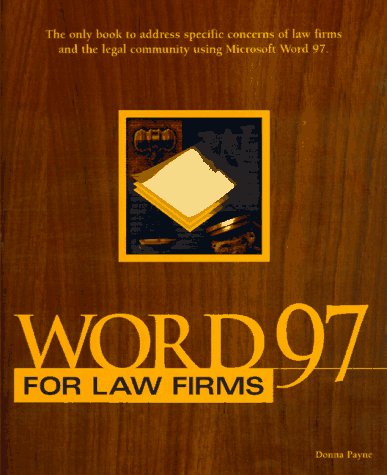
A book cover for Word 97 for Law Firms; Payne Consulting Group Inc.; Law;